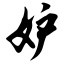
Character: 妒